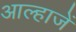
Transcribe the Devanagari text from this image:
आल्हाजें